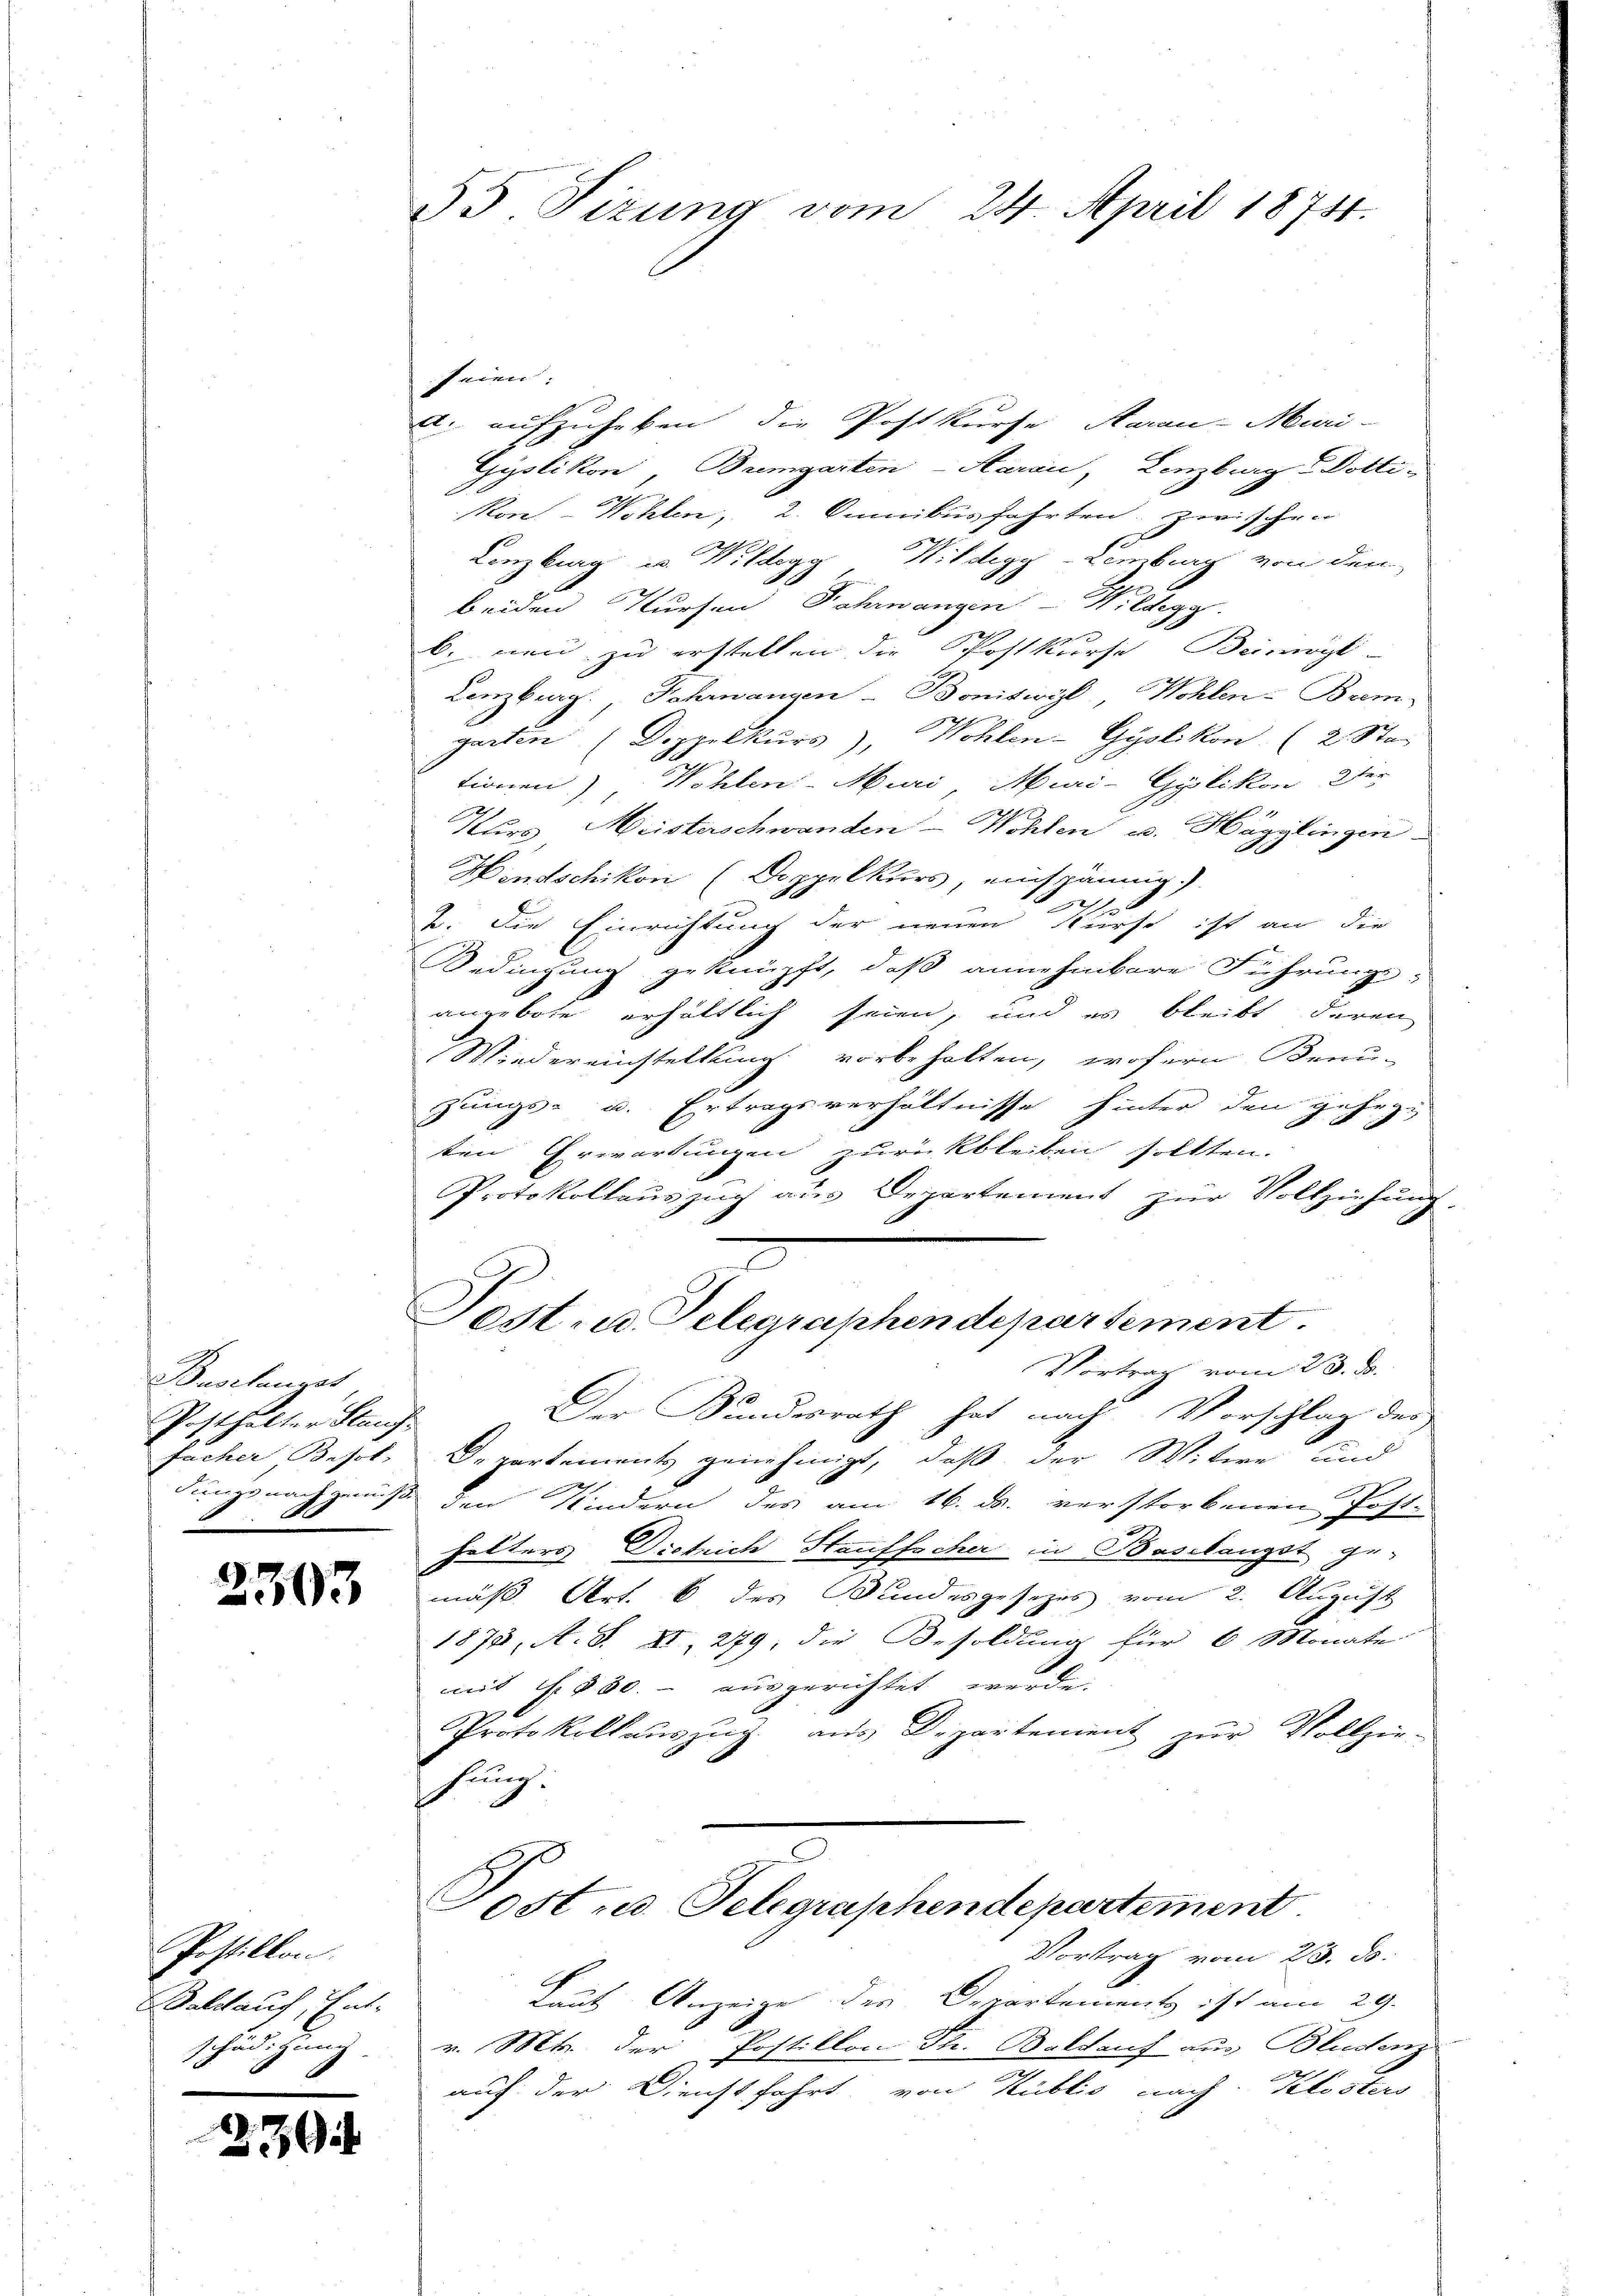
Buslanget
Posthalter Stauf
x

2303

Postillon.
Bald auch, Ent-
schädigung

239

55 Sizung vom 24. April 1874.

feien.
A. aufzuheben, die Postkurse Aarau-Muri-
Gyslikon, Bremgarten-Aarau, Lenzburg Dotti-
kon-Wöhlen, 2. Omnibusfahrten. Zwischen
Lenzburg u. Wildegg Wildegg-Lemberg von den
beiden Kursen Fahrwangen Wildegg.
b. neu zu erstellen die Postkurse Beimögl
Lenzburg. Fahrnangen - Bonitwyl, Wohlen-Brem-
garten (Doppelkurs), Wohlen-Gyslikon (2 Ste
tionen) Wohlen-Muri, Miai-Gylikon der
Kurs Meisterschwanden Wohlen u. Hägglingen
Hendschikon (Doppelkurs, einspännig
2
2. Die Einrichtung der neuen Kurst ist an die
Bedingung geknüpft, daß annehmbare Führung,
angebote erhältlich seien, und es bleibt deren
Wiedereinstellung vorbehalten, wofern Benu-
zungs- u. Ertragsverhältnisse hinter den gehegt
ten Erwartungen zurückbleiben sollten.
Protokollaŭszŭg aŭs Departement zŭr Vollziehŭng
.
Post- u. Gelegraphendepartement.
Vortrag vom 23. J.
Der Bundesrath hat nach Vorschlag des
facher Besol, Departements genehmigt, daß der Witwe und
dungsnach muß den Kindern des am 16. ds. verstorbenen Post-
helters Districh Stauffscher in Baselangst ge-
mäß Art. 6 des Bundesgesetzes vom 2. August
1878, A. S. XI, 279, die Besoldung für 6 Monate
mit s. 800.- ausgerichtet werde.
Protokollaŭszŭg aŭs Departement zŭr Vollzie-
hung.
Post u. Telegraphendepartement.
Vortrag vom 23. ds.
Laut Anzeige des Departement ist am 29.
v. Mts. der Postillon Fr. Baldauf aus Bludenz

auf der Dienstfahrt, von Kublio nach Klostens